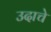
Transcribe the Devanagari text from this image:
उदाचे